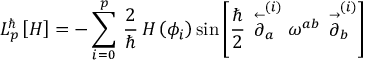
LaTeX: { \cal L } _ { p } ^ { \hbar } \left[ H \right] = - \sum _ { i = 0 } ^ { p } \, \frac { 2 } { \hbar } \, H \left( \phi _ { i } \right) \sin \left[ \frac { \hbar } { 2 } \, \stackrel { \leftarrow } { \partial } _ { a } ^ { ( i ) } \omega ^ { a b } \, \stackrel { \rightarrow } { \partial } _ { b } ^ { ( i ) } \right]